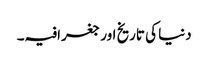
دنیا کی تاریخ اور جغرافیہ۔